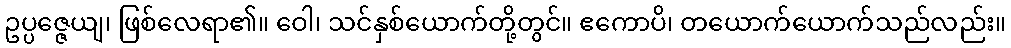
ဥပ္ပဇ္ဇေယျ၊ ဖြစ်လေရာ၏။ ဝေါ၊ သင်နှစ်ယောက်တို့တွင်။ ဧကောပိ၊ တယောက်ယောက်သည်လည်း။